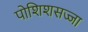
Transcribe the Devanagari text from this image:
पोशिशसज्जा